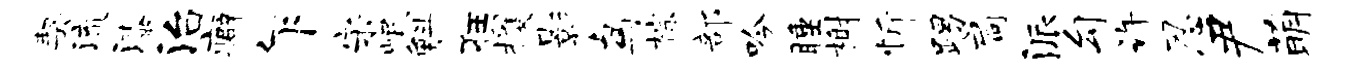
契流漆治癖乍宋岷斛狂攫影鸟棕部吟睡榭忻踢扃派勾许忍尹萌